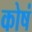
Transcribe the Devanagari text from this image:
कोषं